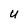
Character: U